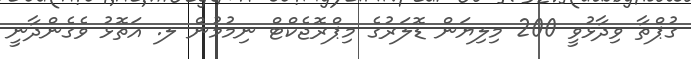
ގުޕްތާ ވިދާޅުވީ 200 މިލިޔަން ޑޮލަރުގެ މިޕްރޮޖެކްޓް ނިމުމުން ލ. އަތޮޅު ވެގެންދާނީ